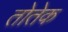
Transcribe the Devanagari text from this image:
तोतेक